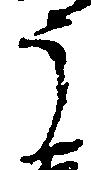
う